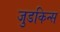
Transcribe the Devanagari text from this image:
जुडकिन्स